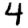
Digit: 4